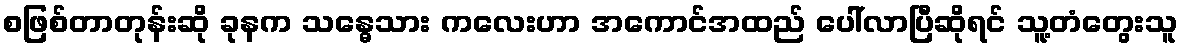
စဖြစ်တာတုန်းဆို ခုနက သန္ဓေသား ကလေးဟာ အကောင်အထည် ပေါ်လာပြီဆိုရင် သူ့တံတွေးသူ